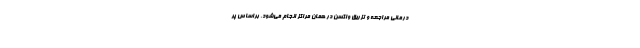
درمانی مراجعه و تزریق واکسن در همان مراکز انجام می‌شود. براساس پر